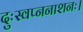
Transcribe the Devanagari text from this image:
दुःस्वप्ननाशनः।